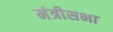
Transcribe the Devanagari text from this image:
मंत्रीसभा